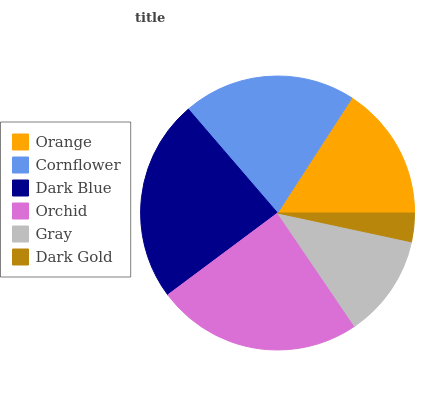
| Orange | Cornflower | Dark Blue | Orchid | Gray | Dark Gold |
 | --- | --- | --- | --- | --- | --- |
 | 15.9% | 20.4% | 23.9% | 24.4% | 12.1% | 3.38% |